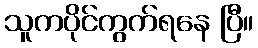
သူကပိုင်ကွက်ရနေ ပြီ။